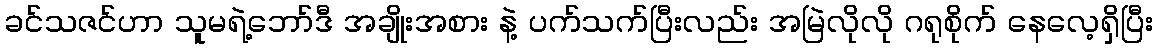
ခင်သဇင်ဟာ သူမရဲ့ဘော်ဒီ အချိုးအစား နဲ့ ပက်သက်ပြီးလည်း အမြဲလိုလို ဂရုစိုက် နေလေ့ရှိပြီး